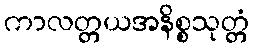
ကာလတ္တယအနိစ္စသုတ္တံ